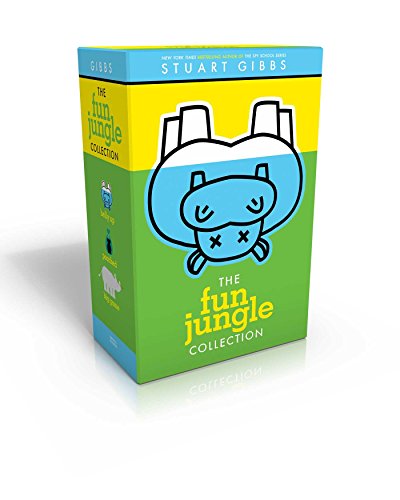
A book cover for The FunJungle Collection: Belly Up; Poached; Big Game; Stuart Gibbs; Children's Books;